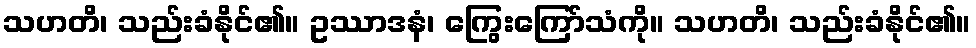
သဟတိ၊ သည်းခံနိုင်၏။ ဥဿာဒနံ၊ ကြွေးကြော်သံကို။ သဟတိ၊ သည်းခံနိုင်၏။